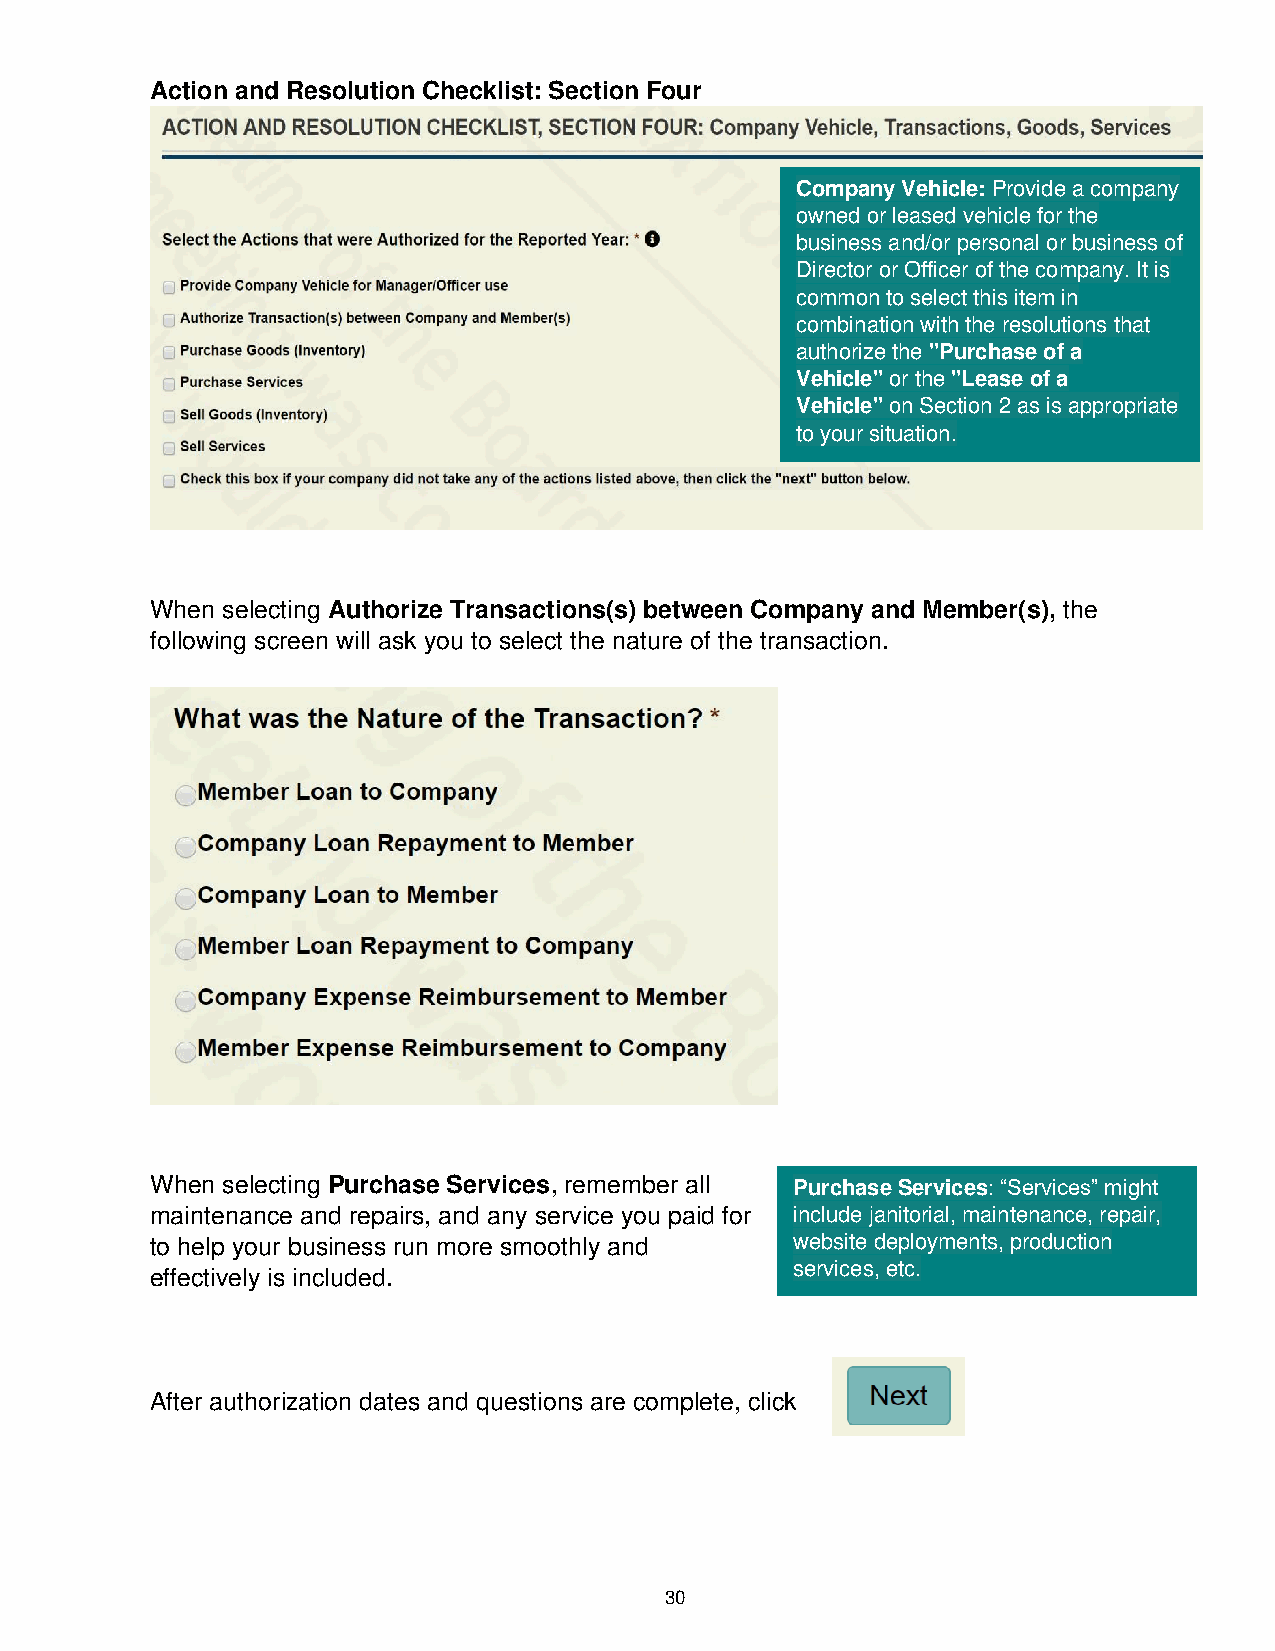
Action and Resolution Checklist: Section Four
 Company Vehicle: Provide a company
 owned or leased vehicle for the
 business and/or personal or business of
 Director or Officer of the company. It is
 common to select this item in
 combination with the resolutions that
 authorize the "Purchase of a
 Vehicle" or the "Lease of a
 Vehicle" on Section 2 as is appropriate
 to your situation.
 When selecting Authorize Transactions(s) between Company and Member(s), the
 following screen will ask you to select the nature of the transaction.
 When selecting Purchase Services, remember all Purchase Services: “Services” might
 maintenance and repairs, and any service you paid for include janitorial, maintenance, repair,
 to help your business run more smoothly and website deployments, production
 services, etc.
 effectively is included.
 After authorization dates and questions are complete, click
 30